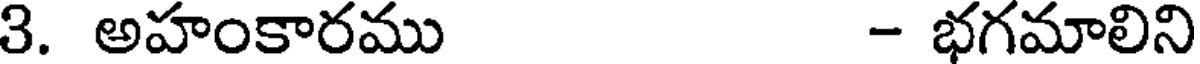
3. అహంకారము - భగమాలిని